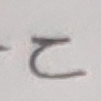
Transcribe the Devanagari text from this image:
ट